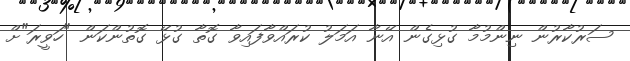
ސަރުކާރުން ނިންމުމާ ގުޅިގެން އޭނާ އަމަލު ކުރައްވާފައިވާ ގޮތާ ގުޅޭ ގޮތުންކަން "ހަވީރަ"ށް